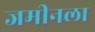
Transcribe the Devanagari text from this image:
जमीनला